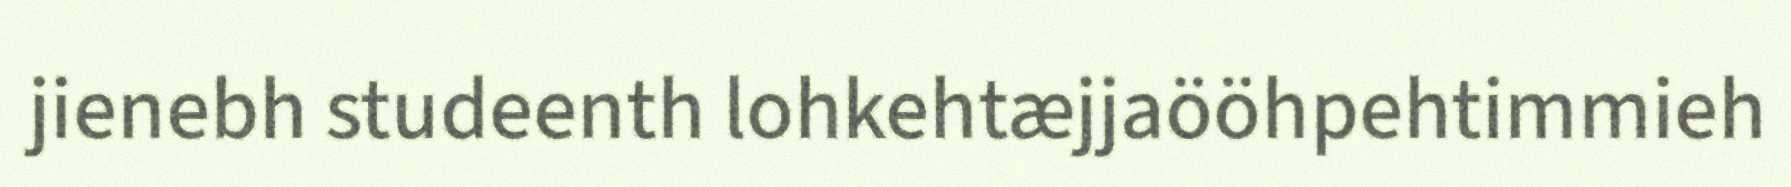
jienebh studeenth lohkehtæjjaööhpehtimmieh